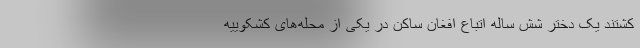
کشتند یک دختر شش ساله اتباع افغان ساکن در یکی از محله‌های کشکوییه